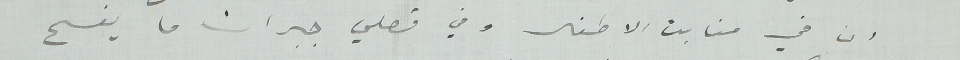
ان في منابت الاطفال وفي فصلي جبران ما يفسح